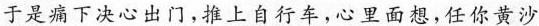
于是痛下决心出门，推上自行车，心里面想，任你黄沙